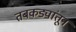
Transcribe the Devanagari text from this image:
तबकड्यांतून